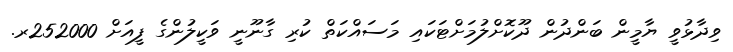
ވިދާޅުވީ ޔާމީން ބަންދުން ދޫކޮށްލުމަށްޓަކައި މަސައްކަތް ކުރި ގާނޫނީ ވަކީލުންގެ ފީއަށް 252000ރ.